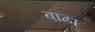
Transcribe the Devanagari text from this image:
बाढा